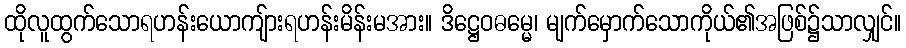
ထိုလူထွက်သောရဟန်းယောကျ်ားရဟန်းမိန်းမအား။ ဒိဋ္ဌေဝဓမ္မေ၊ မျက်မှောက်သောကိုယ်၏အဖြစ်၌သာလျှင်။